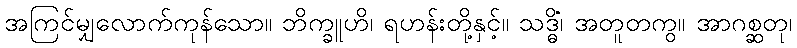
အကြင်မျှလောက်ကုန်သော။ ဘိက္ခူဟိ၊ ရဟန်းတို့နှင့်။ သဒ္ဓိံ၊ အတူတကွ။ အာဂစ္ဆတု၊